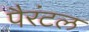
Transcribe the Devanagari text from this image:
पैरंटल